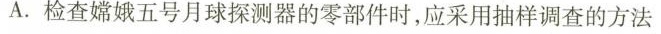
A.检查嫦娥五号月球探测器的零部件时，应采用抽样调查的方法